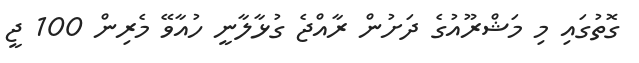
ގޮތުގައި މި މަޝްރޫއުގެ ދަށުން ރާއްޖެ ގުޅާލާނީ ހުއާވޭ މެރިން 100 ޖީ